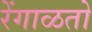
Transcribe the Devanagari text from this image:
रेंगाळतो